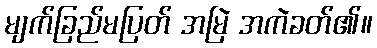
မျက်ခြည်မပြတ် အမြဲ အကဲခတ်၏။